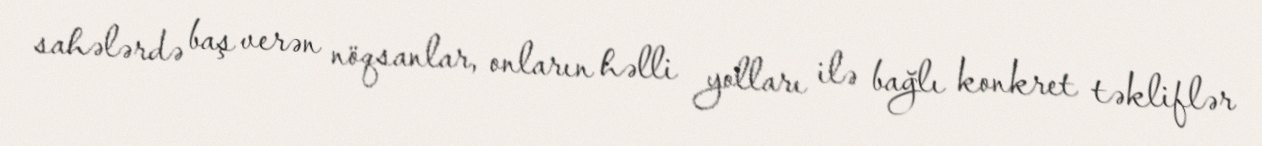
sahələrdə baş verən nöqsanlar, onların həlli yolları ilə bağlı konkret təkliflər